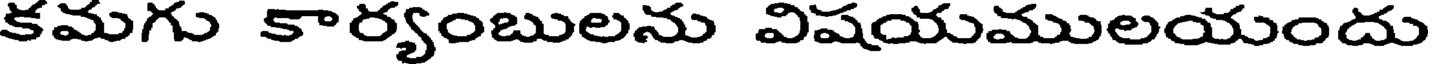
కమగు కార్యంబులను విషయములయందు